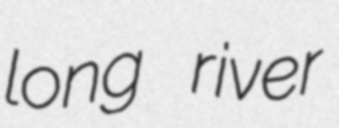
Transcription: long river